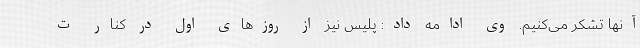
آنها تشکر می‌کنیم. وی ادامه داد: پلیس نیز از روزهای اول در کنار ت